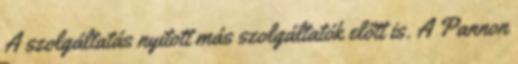
A szolgáltatás nyitott más szolgáltatók előtt is. A Pannon